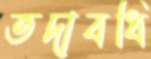
তদাবধি